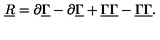
\underline { { R } } = \partial \underline { { \Gamma } } - \partial \underline { { \Gamma } } + { \underline { { \Gamma } } } \underline { { \Gamma } } - { \underline { { \Gamma } } } \underline { { \Gamma } } .